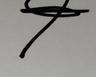
Signature authenticity: genuine